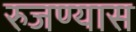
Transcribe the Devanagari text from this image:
रुजण्यास